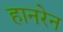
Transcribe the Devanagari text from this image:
हानरेन